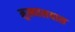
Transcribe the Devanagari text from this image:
मुख्यालयास